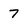
Character: 7